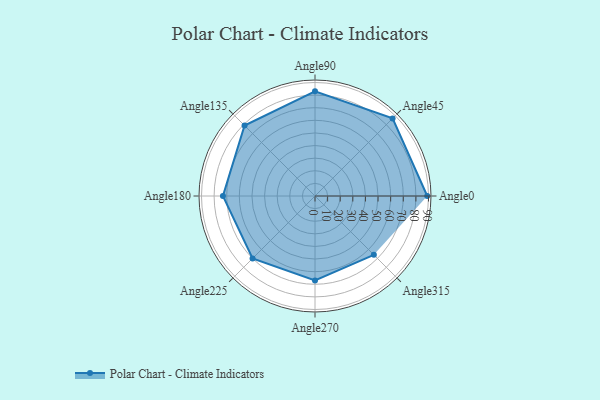
{"axis": {"x": "Angle", "y": "Radius"}, "legend": [""], "data": [{"x": "Angle0", "y": 89.0, "type": ""}, {"x": "Angle45", "y": 87.0, "type": ""}, {"x": "Angle90", "y": 83.0, "type": ""}, {"x": "Angle135", "y": 79.0, "type": ""}, {"x": "Angle180", "y": 73.0, "type": ""}, {"x": "Angle225", "y": 70.0, "type": ""}, {"x": "Angle270", "y": 67.0, "type": ""}, {"x": "Angle315", "y": 66.0, "type": ""}]}